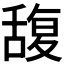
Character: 𮍼